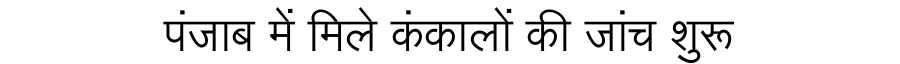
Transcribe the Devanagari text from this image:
पंजाब में मिले कंकालों की जांच शुरू